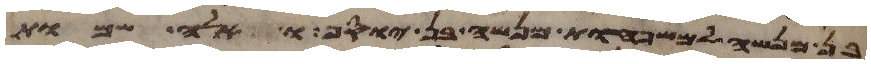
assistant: בן מנשה למשפחות מנשה בן יוסף ואלה שמות